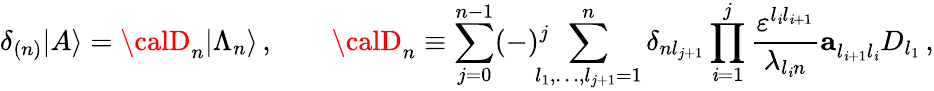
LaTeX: \delta_{(n)}|A\rangle={\calD}_{n}|\Lambda_{n}\rangle\, ,\qquad{\calD}_{n}\equiv\sum_{j=0}^{n-1}(-)^{j}\! \! \! \! \sum_{l_{1},\ldots,l_{j+1}=1}^{n}\delta_{nl_{j+1}}\prod_{\mathit{i}=1}^{j}\frac{{\varepsilon^{l_{\mathit{i}}l_{\mathit{i}+1}}}}{{\lambda_{l_{\mathit{i}}n}}}{\mathbf{a}}_{l_{\mathit{i}+1}l_{\mathit{i}}}^{}D_{l_{1}}\, ,